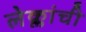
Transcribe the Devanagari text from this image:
लेक्लांची